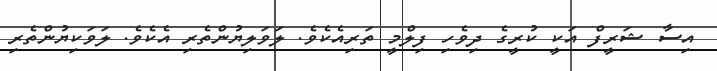
އިސާ ޝަރީފް އަކީ ކުރީގެ ދިވެހި ފިލްމީ ތަރިއެކެވެ. ލަވަލިޔުންތެރި އެކެވެ. ލަވަކިޔުންތެރި